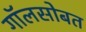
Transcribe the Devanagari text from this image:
गॉलसोबत